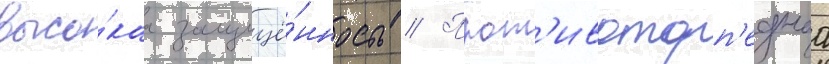
высо́каа защищё́нность // Прот'ивоторп'еднаа